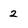
Character: 2